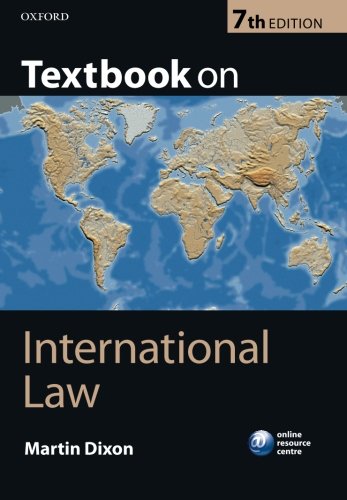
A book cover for Textbook on International Law: Seventh Edition; Martin Dixon; Law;